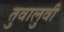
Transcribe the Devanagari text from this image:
तुवालुवी